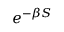
e ^ { - \beta S }